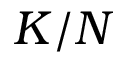
K / N